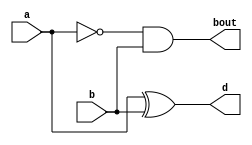
`timescale 1ns / 1ps
//////////////////////////////////////////////////////////////////////////////////
// Company: 
// Engineer: 
// 
// Design Name: 
// Module Name:    halfsubtractor_df 
// Project Name: 
// Target Devices: 
// Tool versions: 
// Description: 
//
// Dependencies: 
//
// Revision: 
// Revision 0.01 - File Created
// Additional Comments: 
//
//////////////////////////////////////////////////////////////////////////////////
module halfsubtractor_df(
    input a,b,
    output d,bout
    );
	 wire p;
	 assign p= ~a;
assign d=a^b;
assign bout=p&b;

endmodule